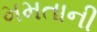
મમતાની